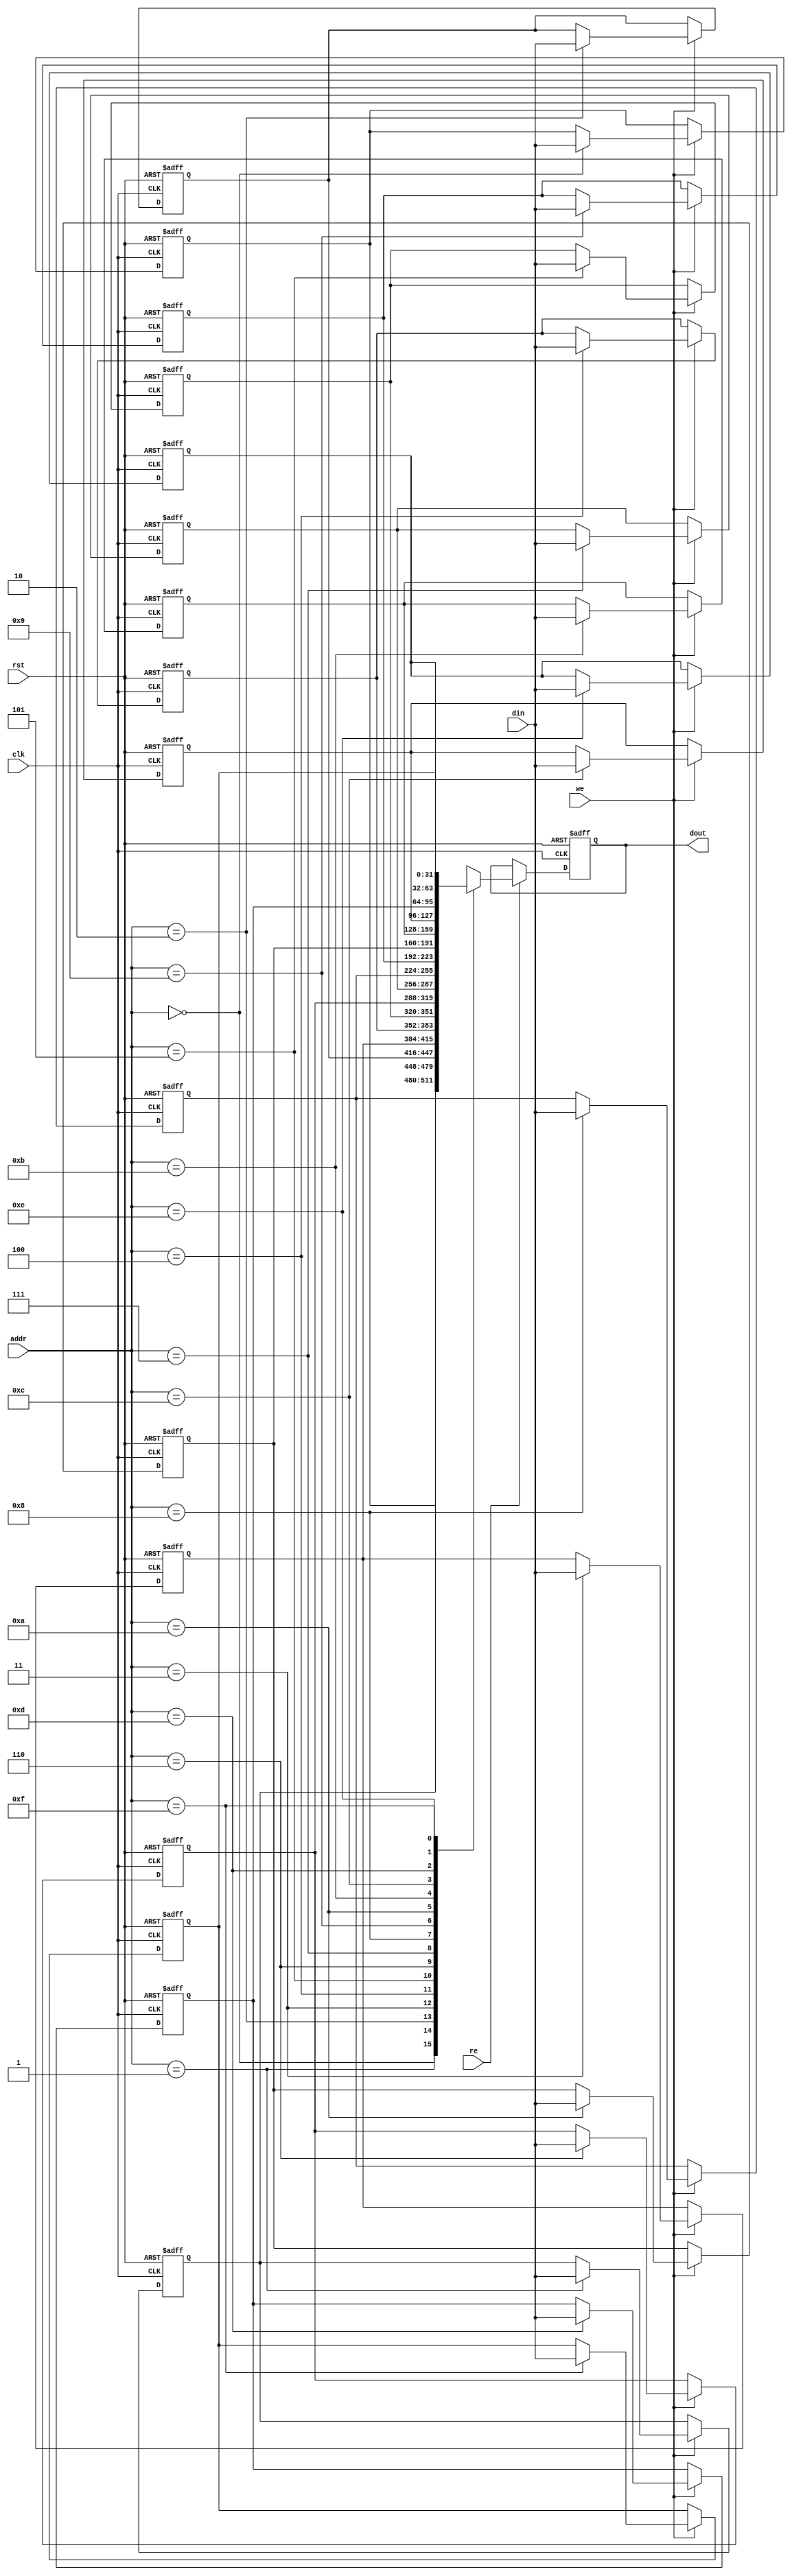
module IO_Block_Register_File #(
    parameter NUM_REGS = 16,  // Number of registers
    parameter DATA_WIDTH = 32  // Width of each register
)(
    input wire clk,                  // Clock signal
    input wire rst,                  // Reset signal
    input wire we,                   // Write Enable
    input wire re,                   // Read Enable
    input wire [$clog2(NUM_REGS)-1:0] addr, // Address for read/write
    input wire [DATA_WIDTH-1:0] din, // Data input for write
    output reg [DATA_WIDTH-1:0] dout // Data output for read
);

    // Declare the register file
    reg [DATA_WIDTH-1:0] reg_file [0:NUM_REGS-1];

    // Reset logic
    integer i;
    always @(posedge clk or posedge rst) begin
        if (rst) begin
            // Initialize all registers to zero on reset
            for (i = 0; i < NUM_REGS; i = i + 1) begin
                reg_file[i] <= 0;
            end
            dout <= 0; // Clear output on reset
        end else begin
            // Write operation
            if (we) begin
                reg_file[addr] <= din;
            end
            
            // Read operation
            if (re) begin
                dout <= reg_file[addr];
            end
        end
    end

endmodule